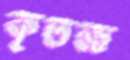
কৃতজ্ঞ